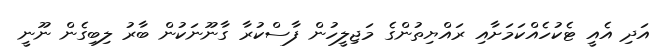
އަދި އެއީ ޓެކުހެއްކަމަށާއި ރައްޔިތުންގެ މަޖިލީހުން ފާސްކުރާ ގާނޫނަކުން ބާރު ލިބިގެން ނޫނީ